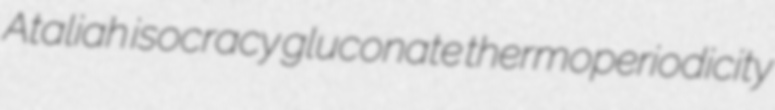
Ataliah isocracy gluconate thermoperiodicity